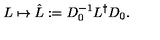
L \mapsto \hat { L } : = D _ { 0 } ^ { - 1 } L ^ { \dagger } D _ { 0 } .